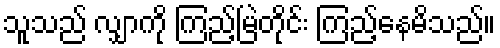
သူသည် လျှာကို ကြည့်မြဲတိုင်း ကြည့်နေမိသည်။